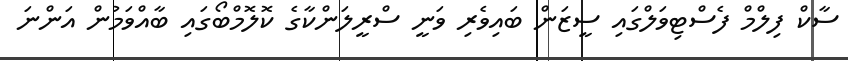
ސާކް ފިލްމް ފެސްޓިވަލްގައި ސީޒަން ބައިވެރި ވަނީ ސްރީލަންކާގެ ކޮލޮމްބޯގައި ބާއްވަމުން އަންނަ